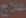
علاج